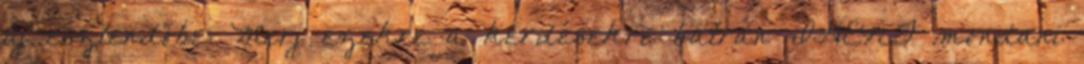
új esztendőbe: Merj ezekre a kérdésekre bátran IGENT mondani